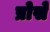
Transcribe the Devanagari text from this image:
प्रोसे